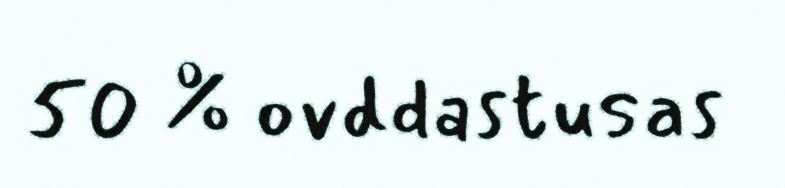
50 % ovddastusas